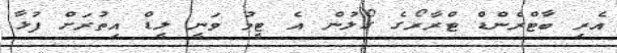
އެރި ބާޓްރެންޑް ޓްރާރޯގެ ގޯލުން އެ ޓީމު ވަނީ ލީޑް އިތުރަށް ފުޅާ